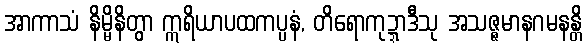
အာကာသံ နိမ္မိနိတွာ ဣရိယာပထကပ္ပနံ, တိရောကုဍ္ဍာဒီသု အသဇ္ဇမာနဂမနန္တိ